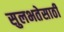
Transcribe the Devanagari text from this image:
सुलभतेसाठी